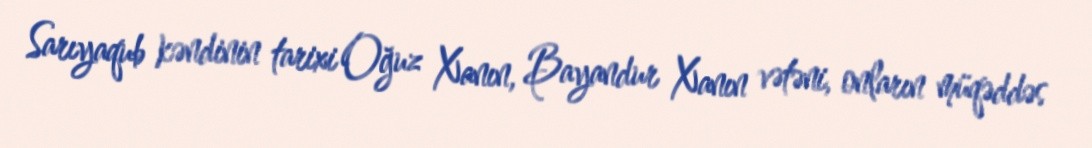
Sarıyaqub kəndinin tarixi Oğuz Xanın, Bayandur Xanın vətəni, onların müqəddəs